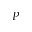
P